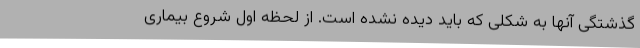
گذشتگی آنها به شکلی که باید دیده نشده است. از لحظه اول شروع بیماری